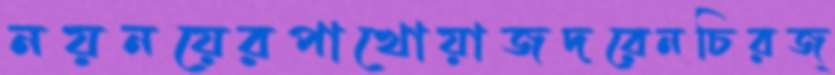
নয়নয়েরপাখোয়াজদরেনচিরজ্